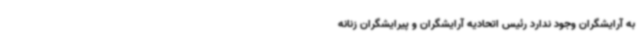
به آرایشگران وجود ندارد رئیس اتحادیه آرایشگران و پیرایشگران زنانه